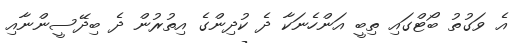
އެ ވަގުތު ބޯޓްގައި ތިބީ އަންހެނަކާ ދެ ކުދިންގެ އިތުރުން ދެ ބިދޭސީންނާއި